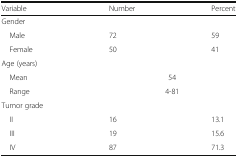
<table><thead><tr><td><b>Variable</b></td><td><b>Number</b></td><td><b>Percent</b></td></tr></thead><tbody><tr><td colspan="3">Gender</td></tr><tr><td> Male</td><td>72</td><td>59</td></tr><tr><td> Female</td><td>50</td><td>41</td></tr><tr><td colspan="3">Age (years)</td></tr><tr><td> Mean</td><td colspan="2">54</td></tr><tr><td> Range</td><td colspan="2">4-81</td></tr><tr><td colspan="3">Tumor grade</td></tr><tr><td> II</td><td>16</td><td>13.1</td></tr><tr><td> III</td><td>19</td><td>15.6</td></tr><tr><td> IV</td><td>87</td><td>71.3</td></tr></tbody></table>